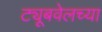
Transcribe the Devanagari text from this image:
ट्यूबवेलच्या